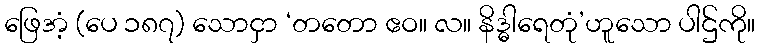
ဖြေအံ့ (ပေ ၁၈၇) သောငှာ ‘တတော ဧဝ။ လ။ နိဒ္ဓါရေတုံ’ဟူသော ပါဌ်ကို။